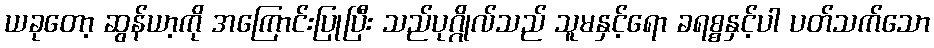
ယခုတော့ ဆွန်ယာ့ကို အကြောင်းပြုပြီး သည်ပုဂ္ဂိုလ်သည် သူမနှင့်ရော ခရစ္စနှင့်ပါ ပတ်သက်သော